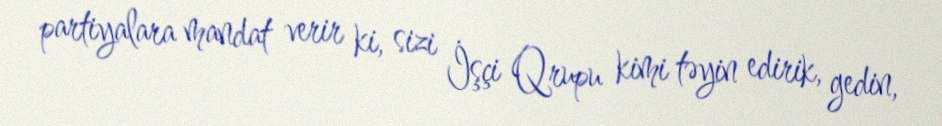
partiyalara mandat verir ki, sizi İşçi Qrupu kimi təyin edirik, gedin,